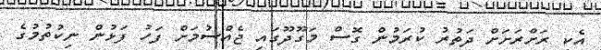
އެކި ރަށްރަށަށް ދަތުރު ކުރަމުން ގޮސް މަގޫދޫގައި ޖެއްސުމަށް ފަހު ފަޅުން ނިކުތުމުގެ